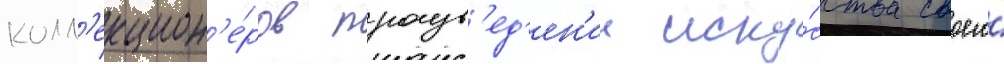
колл'екцион'е́ров произв'ед'ен'ии иску́сства своего́